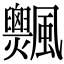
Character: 𩙞